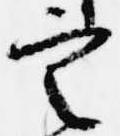
定